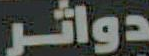
دواثر